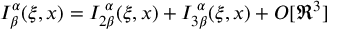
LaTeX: I _ { \beta } ^ { \alpha } ( \xi , x ) = I _ { 2 \beta } ^ { \; \alpha } ( \xi , x ) + I _ { 3 \beta } ^ { \; \alpha } ( \xi , x ) + O [ \Re ^ { 3 } ]